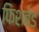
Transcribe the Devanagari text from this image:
फिशबेड